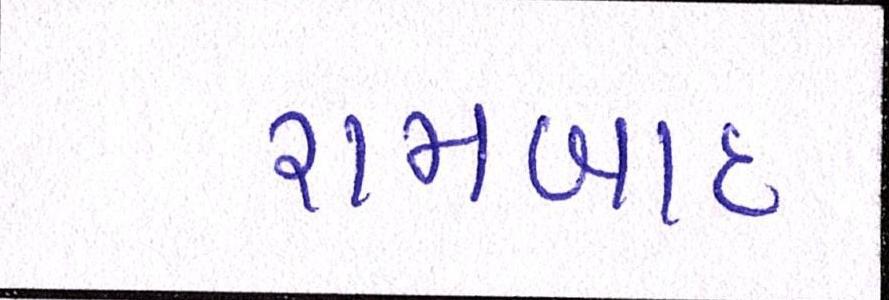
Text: રામબાદ